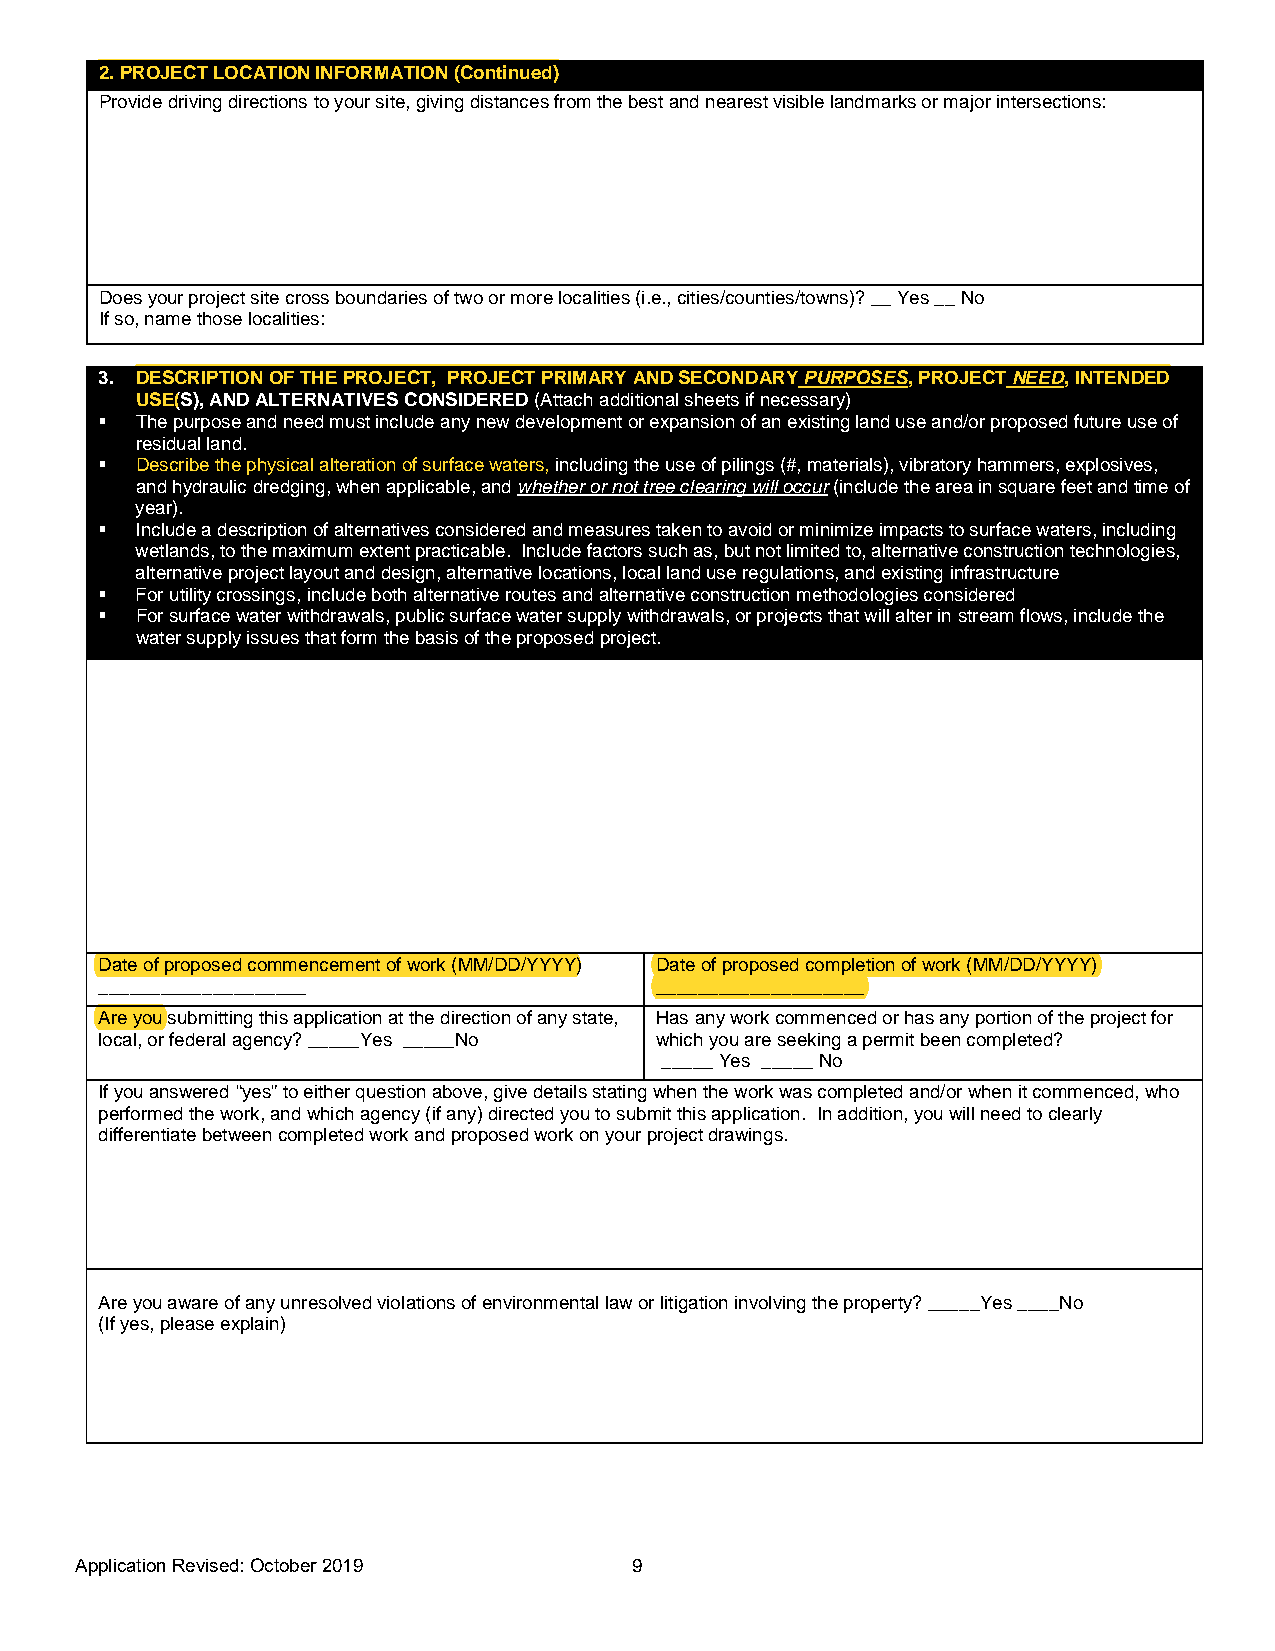
2.PROJECT LOCATION INFORMATION (Continued)
 Provide driving directions to your site, giving distances from the best and nearest visible landmarks or major intersections:
 Does your project site cross boundaries of two or more localities (i.e., cities/counties/towns)? __ Yes __ No
 If so, name those localities:
 3. DESCRIPTION OF THE PROJECT, PROJECT PRIMARY AND SECONDARY PURPOSES, PROJECT NEED, INTENDED
 USE(S), AND ALTERNATIVES CONSIDERED (Attach additional sheets if necessary)
   The purpose and need must include any new development or expansion of an existing land use and/or proposed future use of
 residual land.
   Describe the physical alteration of surface waters, including the use of pilings (#, materials), vibratory hammers, explosives,
 and hydraulic dredging, when applicable, and whether or not tree clearing will occur (include the area in square feet and time of
 year).
   Include a description of alternatives considered and measures taken to avoid or minimize impacts to surface waters, including
 wetlands, to the maximum extent practicable. Include factors such as, but not limited to, alternative construction technologies,
 alternative project layout and design, alternative locations, local land use regulations, and existing infrastructure
   For utility crossings, include both alternative routes and alternative construction methodologies considered
   For surface water withdrawals, public surface water supply withdrawals, or projects that will alter in- stream flows, include the
 water supply issues that form the basis of the proposed project.
 Date of proposed commencement of work (MM/DD/YYYY) Date of proposed completion of work (MM/DD/YYYY)
 ____________________                 ____________________
 Are you submitting this application at the direction of any state, Has any work commenced or has any portion of the project for
 local, or federal agency? _____Yes _____No which you are seeking a permit been completed?
 _____ Yes _____ No
 If you answered “yes” to either question above, give details stating when the work was completed and/or when it commenced, who
 performed the work, and which agency (if any) directed you to submit this application. In addition, you will need to clearly
 differentiate between completed work and proposed work on your project drawings.
 Are you aware of any unresolved violations of environmental law or litigation involving the property? _____Yes ____No
 (If yes, please explain)
 Application Revised: October 20 19   9